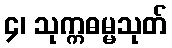
၄၊ သုက္ကဓမ္မသုတ်